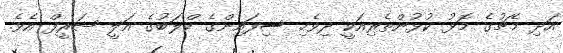
އަދި މެޗުގެ މޮޅު ކުޅުންތެރިއަކީ ދިވެހި ސިފައިންގެ ކްލަބުގެ އަލީ ޝަރީފް އެވެ.